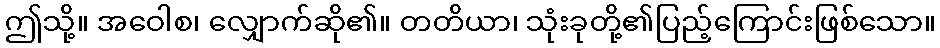
ဤသို့။ အဝေါစ၊ လျှောက်ဆို၏။ တတိယာ၊ သုံးခုတို့၏ပြည့်ကြောင်းဖြစ်သော။